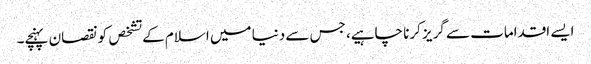
ایسے اقدامات سے گریز کرنا چاہیے، جس سے دنیا میں اسلام کے تشخص کونقصان پہنچے۔